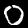
Digit: 0